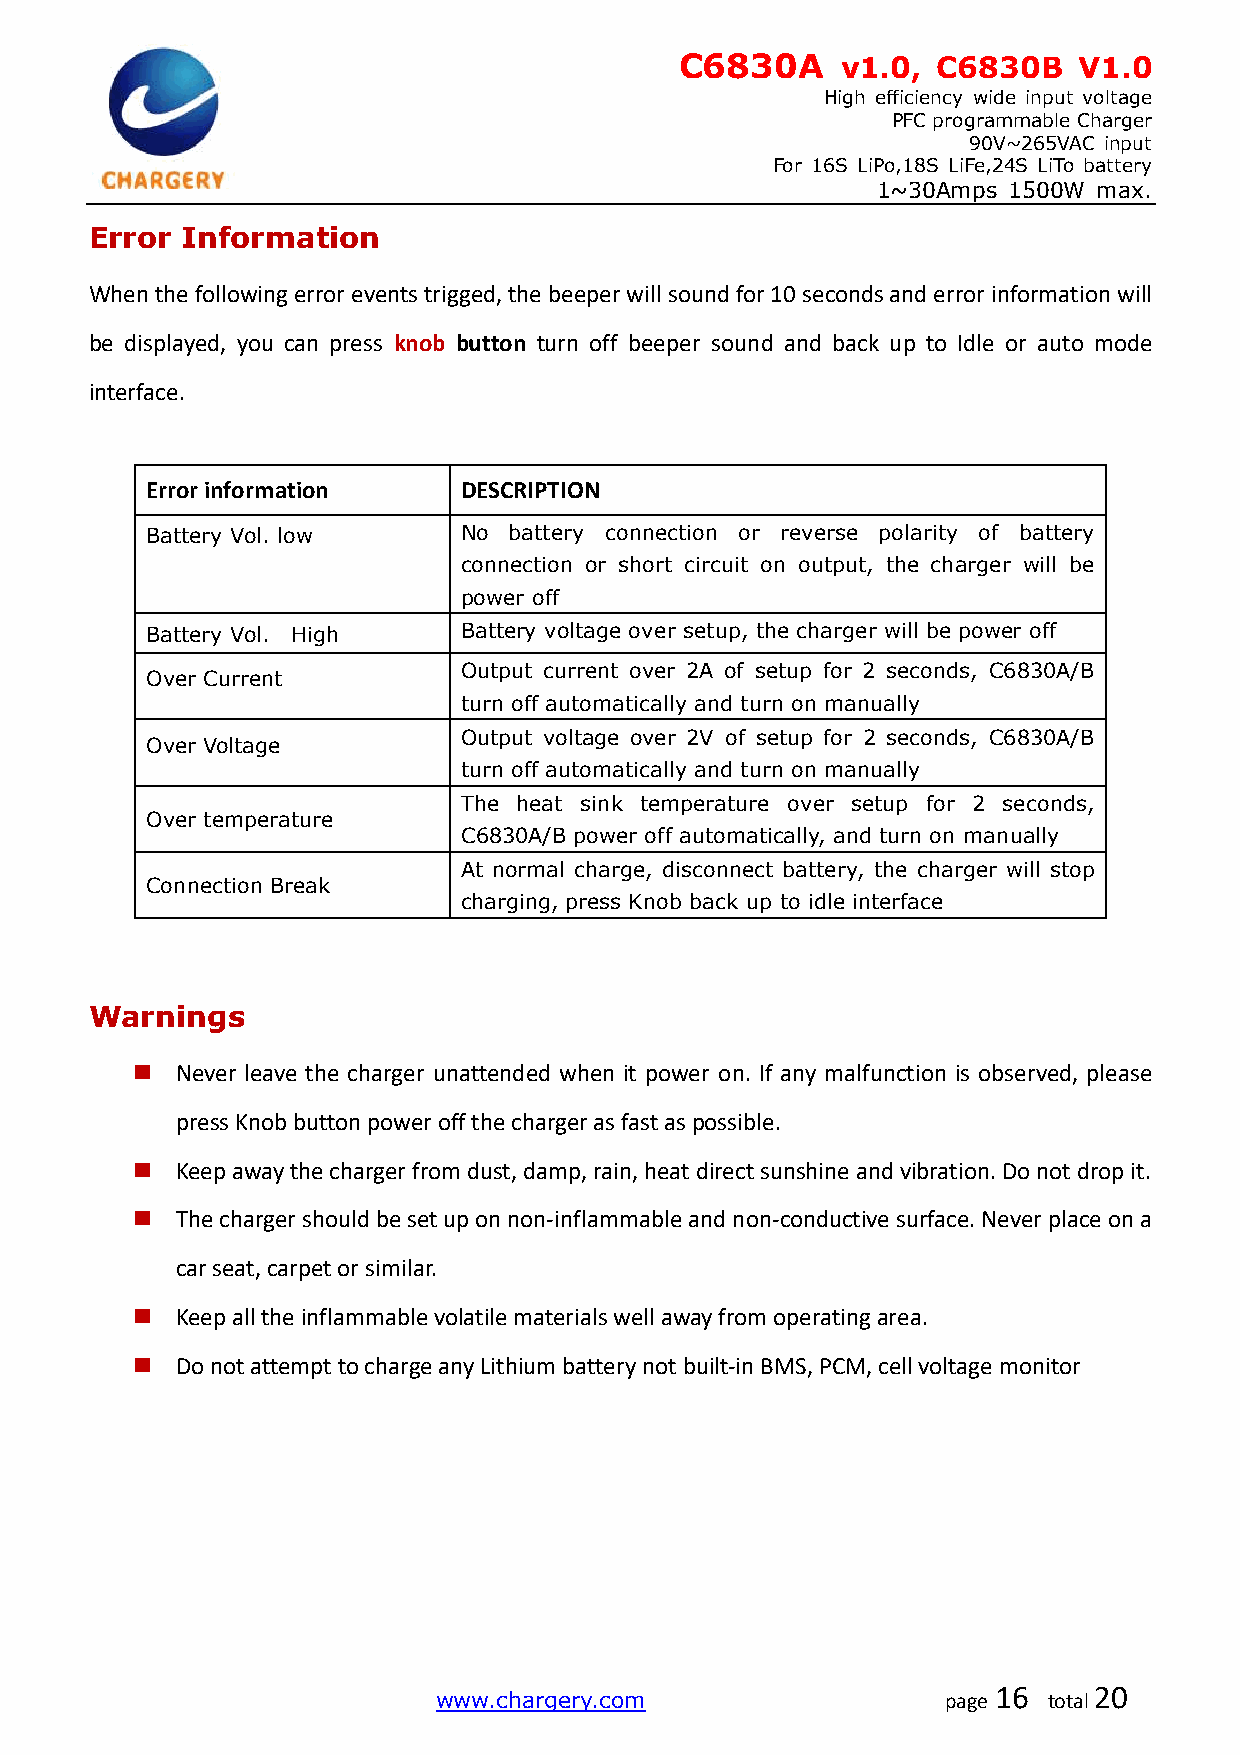
C6830A     v1.0, C6830B   V1.0
 High efficiency wide input voltage
 PFC programmable Charger
 90V~265VAC input
 For 16S LiPo,18S LiFe,24S LiTo battery
 1~30Amps 1500W max.
 Error Information
 When the following error events trigged, the beeper will sound for 10 seconds and error information will
 be displayed, you can press knob button turn off beeper sound and back up to Idle or auto mode
 interface.
 Error information    DESCRIPTION
 Battery Vol. low     No battery connection or reverse polarity of battery
 connection or short circuit on output, the charger will be
 power off
 Battery Vol. High    Battery voltage over setup, the charger will be power off
 Output current over 2A of setup for 2 seconds, C6830A/B
 Over Current
 turn off automatically and turn on manually
 Output voltage over 2V of setup for 2 seconds, C6830A/B
 Over Voltage
 turn off automatically and turn on manually
 The heat sink temperature over setup for 2 seconds,
 Over temperature
 C6830A/B power off automatically, and turn on manually
 At normal charge, disconnect battery, the charger will stop
 Connection Break
 charging, press Knob back up to idle interface
 Warnings
   Never leave the charger unattended when it power on. If any malfunction is observed, please
 press Knob button power off the charger as fast as possible.
   Keep away the charger from dust, damp, rain, heat direct sunshine and vibration. Do not drop it.
   The charger should be set up on non-inflammable and non-conductive surface. Never place on a
 car seat, carpet or similar.
   Keep all the inflammable volatile materials well away from operating area.
   Do not attempt to charge any Lithium battery not built-in BMS, PCM, cell voltage monitor
 www.chargery.com                  page
 16
 total
 20